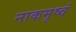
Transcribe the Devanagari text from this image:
नाकमृष्वं